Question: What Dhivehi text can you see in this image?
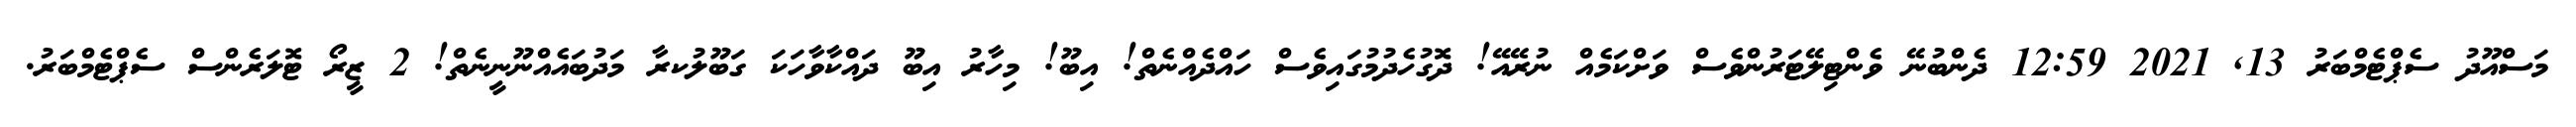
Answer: މަސްއޫދު ސެޕްޓެމްބަރު 13, 2021 12:59 ދެންބުނޭ ވެންޓިލޭޓަރުންވެސް ވަށްކަމެއް ނުރޭއޭ! ދޮގުހެދުމުގައިވެސް ހައްދެއްނެތް! އިބޫ! މިހާރު އިބޫ ދައްކާވާހަކަ ގަބޫލުކރާ މަދުބައެއްނޫނީނެތް! 2 ޒީރޯ ޓޮލަރެންސް ސެޕްޓެމްބަރު.